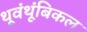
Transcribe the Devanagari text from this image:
थूवंथूंबिकल